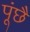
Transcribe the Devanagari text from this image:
पूंछै